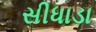
સીધાડા